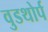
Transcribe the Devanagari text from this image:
वुडथोर्प